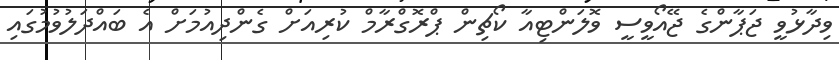
ވިދާޅުވީ ޖަޕާންގެ ޖޭއޯވީސީ ވޮލަންޓިއާ ކޯޗިން ޕްރޮގްރާމް ކުރިއަށް ގެންދިއުމަށް އެ ބައްދަލުވުމުގައި